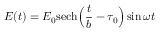
E ( t ) = E _ { 0 } \mathrm { s e c h } \Big ( \frac { t } { b } - \tau _ { 0 } \Big ) \sin { \omega t }